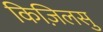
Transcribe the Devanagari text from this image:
किज़िलसु